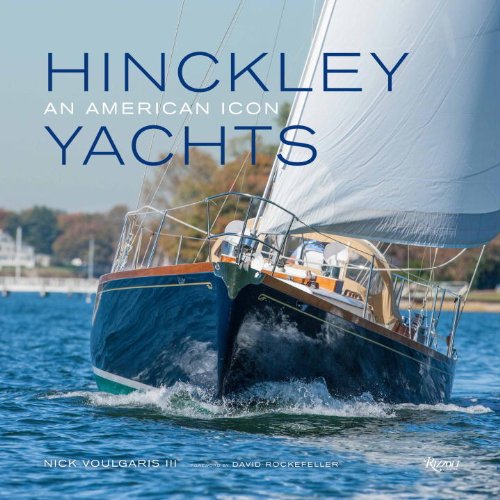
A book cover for Hinckley Yachts: An American Icon; Nick Voulgaris III; Engineering & Transportation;